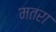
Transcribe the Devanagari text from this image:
मतरा